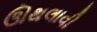
ઊથલાવી